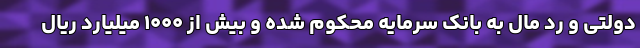
دولتی و رد مال به بانک سرمایه محکوم شده و بیش از ۱۰۰۰ میلیارد ریال